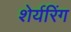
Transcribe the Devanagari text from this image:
शेर्यरिंग